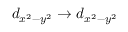
d _ { x ^ { 2 } - y ^ { 2 } } \rightarrow d _ { x ^ { 2 } - y ^ { 2 } }